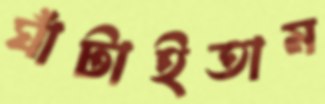
ঘাঁটাইতাম